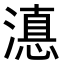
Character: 𭲚